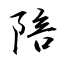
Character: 陪